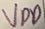
Text: VDD